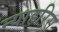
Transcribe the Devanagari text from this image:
न्याहरिस